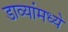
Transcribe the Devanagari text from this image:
डाव्यांमध्ये